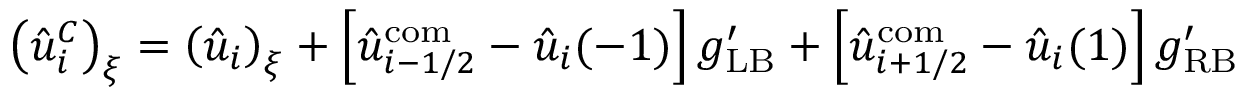
\left( \hat { u } _ { i } ^ { C } \right) _ { \xi } = \left( \hat { u } _ { i } \right) _ { \xi } + \left[ \hat { u } _ { i - 1 / 2 } ^ { \mathrm { c o m } } - \hat { u } _ { i } ( - 1 ) \right] g _ { \mathrm { L B } } ^ { \prime } + \left[ \hat { u } _ { i + 1 / 2 } ^ { \mathrm { c o m } } - \hat { u } _ { i } ( 1 ) \right] g _ { \mathrm { R B } } ^ { \prime }